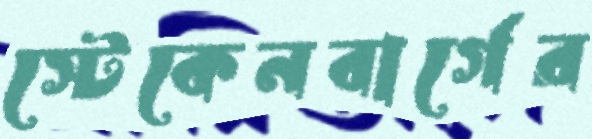
স্টেকেনবার্গের